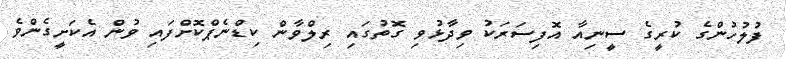
ފުލުހުންގެ ކުރީގެ ސީނިއާ އޮފިސަރަކު ވިދާޅުވި ގޮތުގައި ރިލްވާން ކިޑްނެޕްކޮށްފައި ވުން އެކަށީގެންވެ